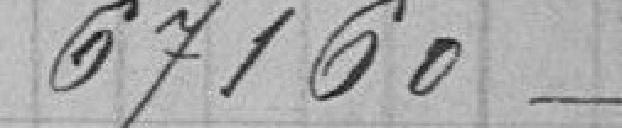
67160